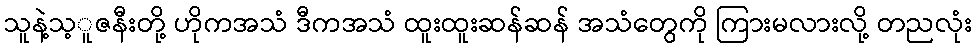
သူနဲ့သ့ူဇနီးတို့ ဟိုကအသံ ဒီကအသံ ထူးထူးဆန်ဆန် အသံတွေကို ကြားမလားလို့ တညလုံး